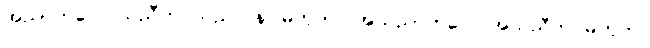
အညာဘဝေါ၊ သညီဘဝသည်။ န၊ မဟုတ်။ အသညာဘဝေါ၊ အသညီဘဝမဟုတ်။